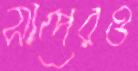
সাপেরও